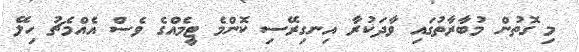
މި ގޮތުން މުބާރާތުގައި ވާދަކުރާ އިނގިރޭސި ކޮންމެ ޓީމެއްގެ ވެސް އެއްމެޗު ހިލޭ